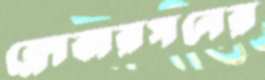
ক্লোবারসনের